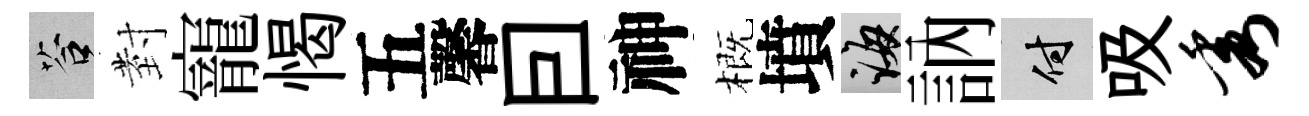
答𭔹寵愒五馨囙神概墳誨訥付吸秀